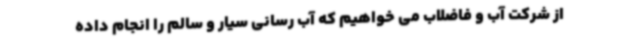
از شرکت آب و فاضلاب می خواهیم که آب رسانی سیار و سالم را انجام داده